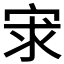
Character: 𡨃